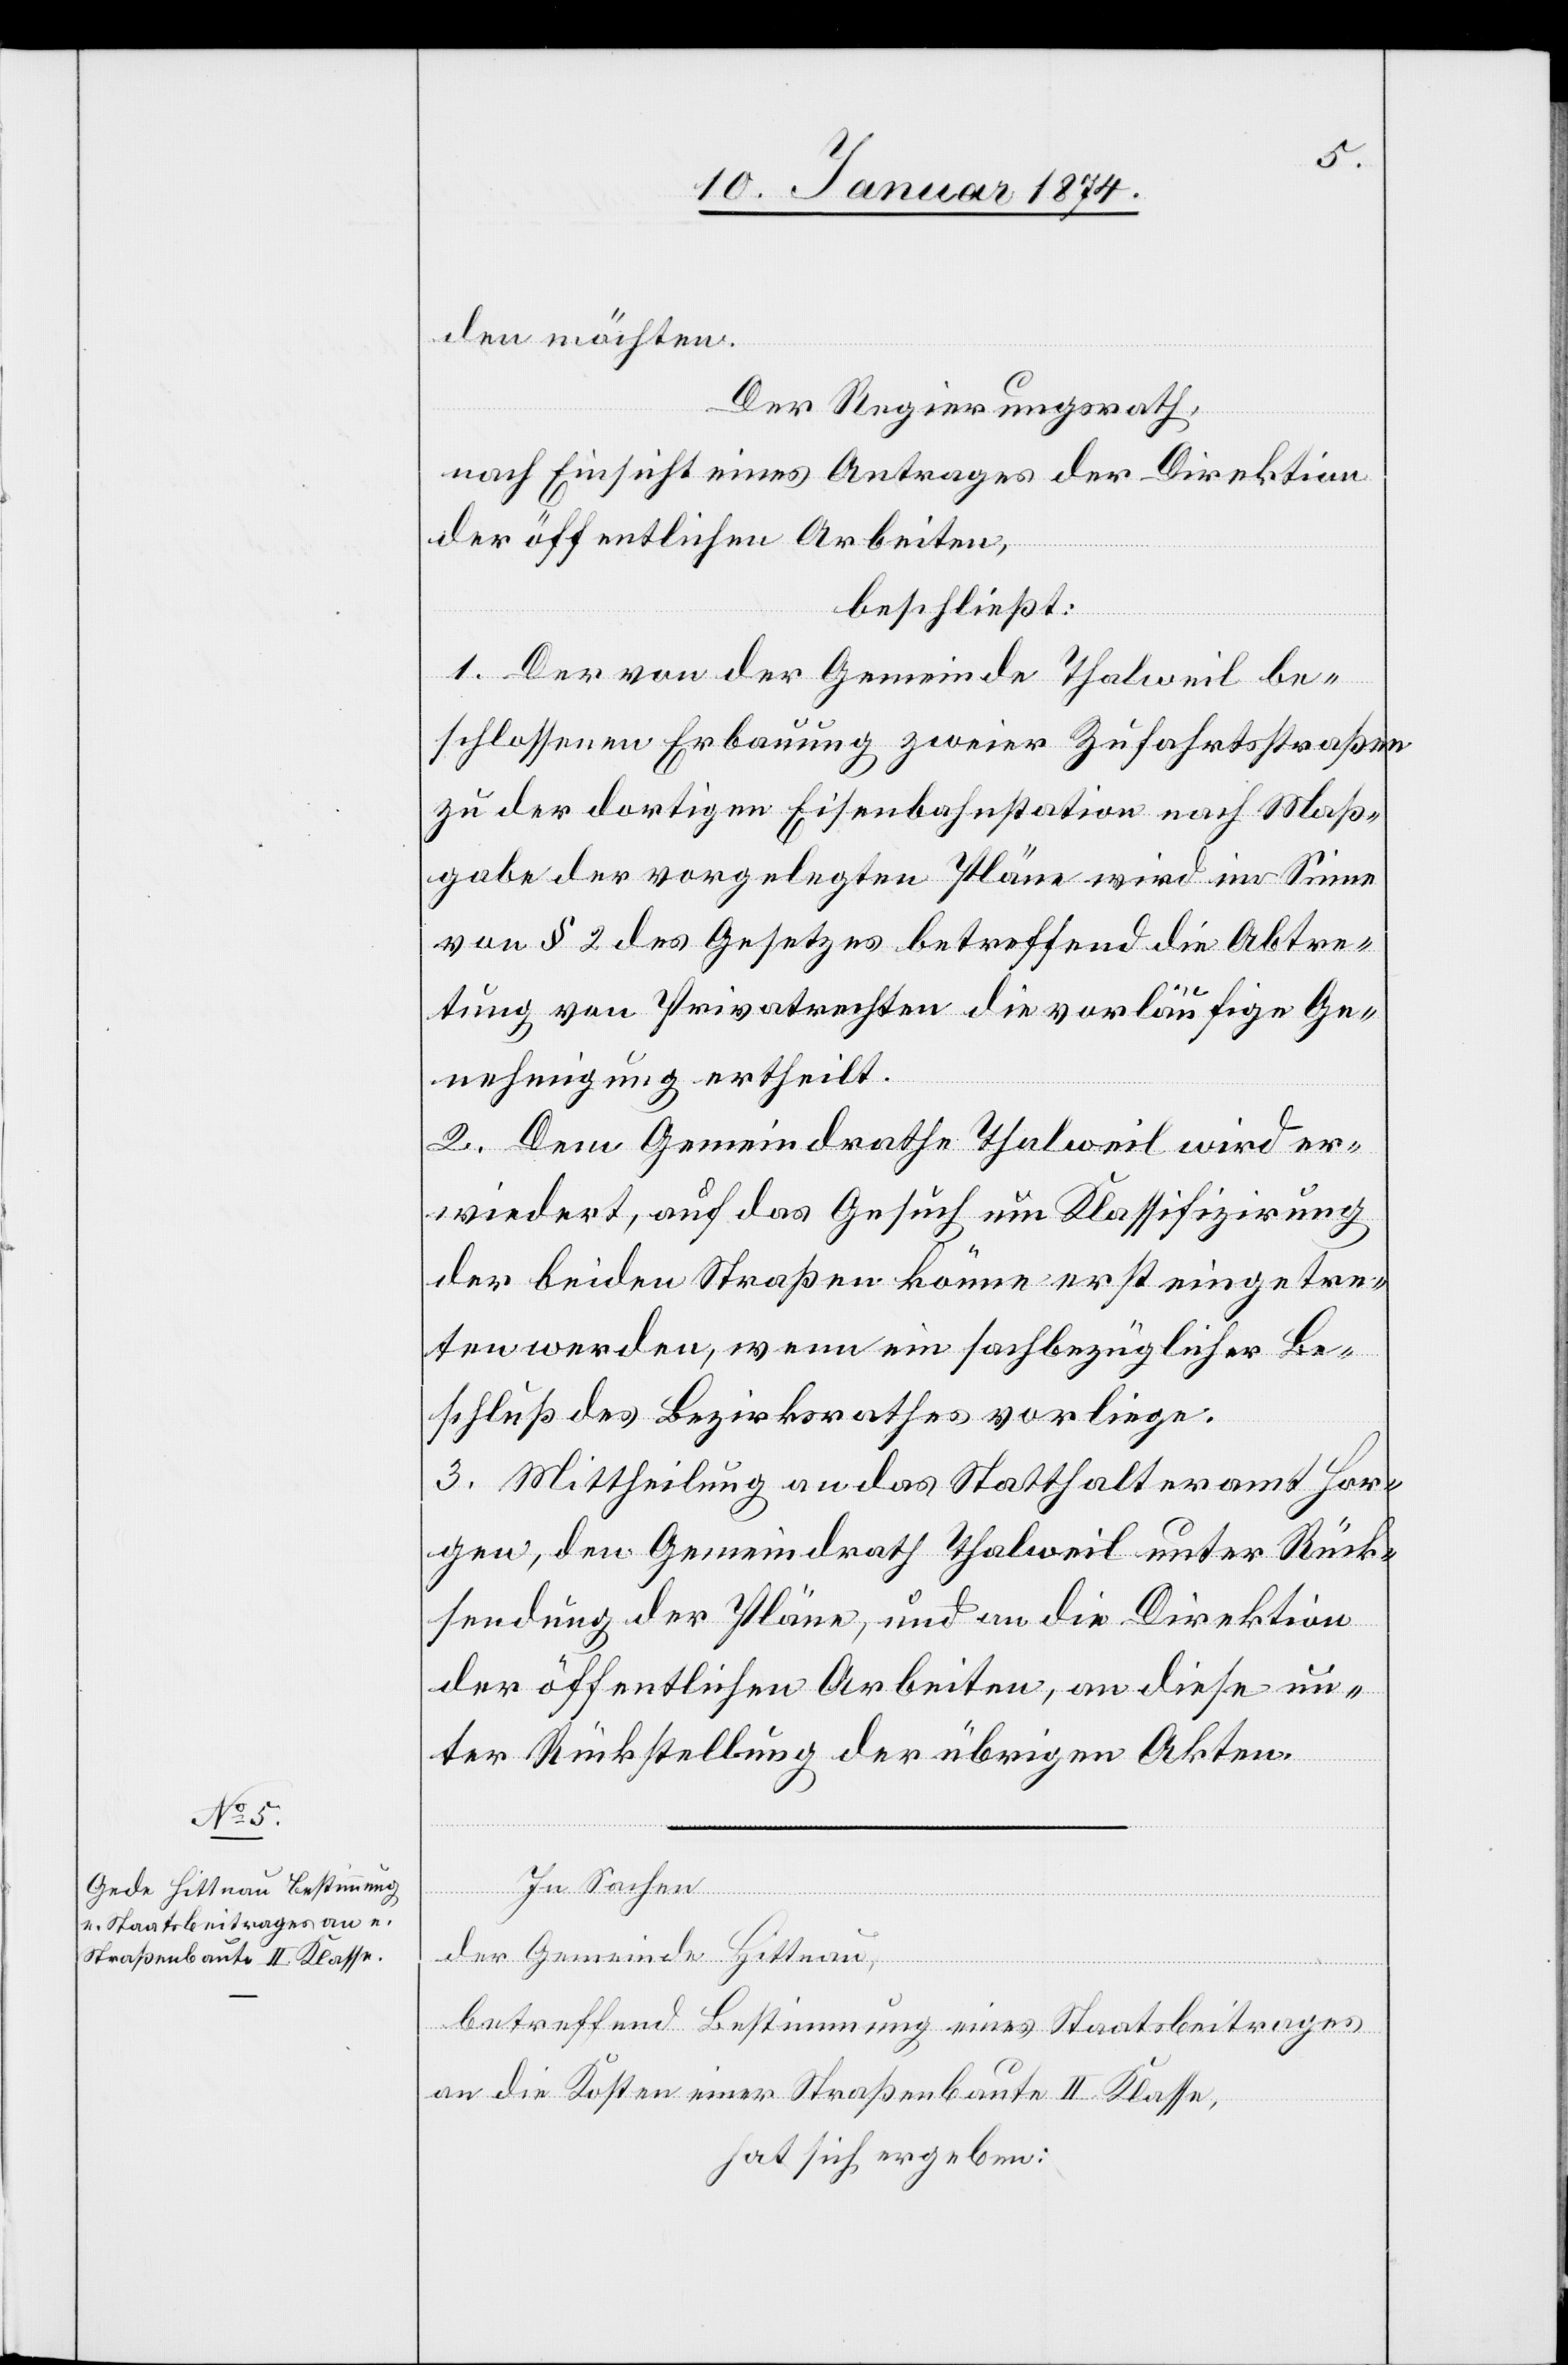
den möchten.
Der Regierungsrath,
nach Einsicht eines Antrages der Direktion
der öffentlichen Arbeiten,
beschließt:
1. Der von der Gemeinde Thalwil be¬
schlossene Erbauung zweier Zufahrtsstraßen
zu der dortigen Eisenbahnstation nach Maß¬
gabe der vorgelegten Pläne wird im Sinne
von § 2 des Gesetzes betreffend die Abtre¬
tung von Privatrechten die vorläufige Ge¬
nehmigung ertheilt.
2. Dem Gemeindrath Thalweil wird er¬
wiedert, auf das Gesuch um Klassifizirung
der beiden Straßen könne erst eingetre¬
ten werden, wenn ein sachbezüglicher Be¬
schluß des Bezirksrathes vorliege.
3. Mittheilung an das Statthalteramt Hor¬
gen, den Gemeindrath Thalweil unter Rück¬
sendung der Pläne, und an die Direktion
der öffentlichen Arbeiten, an diese un¬
ter Rückstellung der übrigen Akten.
In Sachen
der Gemeinde Hittnau,
betreffend Bestimmung eines Staatsbeitrages
an die Kosten einer Straßenbaute II. Klasse,
hat sich ergeben: